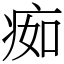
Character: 㾒